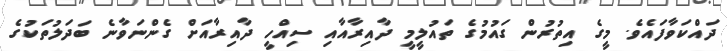
ދައްކަވާފައެވެ. މީގެ އިތުރުން ގައުމުގެ ތައުލީމީ ދާއިރާއާއި ސިއްހީ ދާއިރާއަށް ގެންނަވާނެ ބަދަލުތަކުގެ